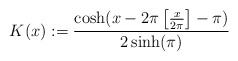
\begin{align*}K(x) :=\frac{\cosh(x-2 \pi \left[\frac{x}{2\pi}\right]-\pi)}{2\sinh(\pi)}\end{align*}